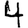
Digit: 4